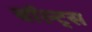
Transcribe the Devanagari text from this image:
बॉल्ट्स